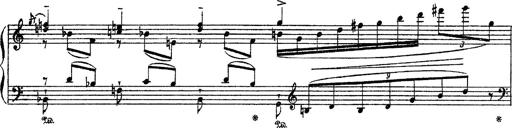
Title: Apparitions
Composer: Franz Liszt